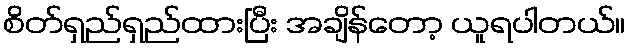
စိတ်ရှည်ရှည်ထားပြီး အချိန်တော့ ယူရပါတယ်။